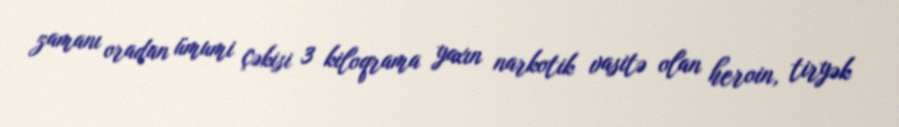
zamanı oradan ümumi çəkisi 3 kiloqrama yaxın narkotik vasitə olan heroin, tiryək